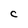
Character: C